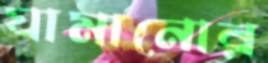
ঘামানোর